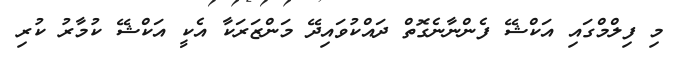
މި ފިލްމްގައި އަކްޝޭ ފެންނާނެގޮތް ދައްކުވައިދޭ މަންޒަރަކާ އެކީ އަކްޝޭ ކުމާރު ކުރި